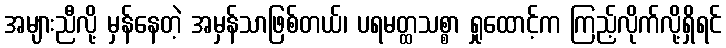
အများညီလို့ မှန်နေတဲ့ အမှန်သာဖြစ်တယ်၊ ပရမတ္ထသစ္စာ ရှုထောင့်က ကြည့်လိုက်လို့ရှိရင်